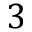
3